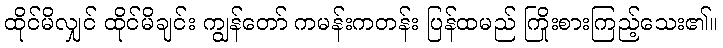
ထိုင်မိလျှင် ထိုင်မိချင်း ကျွန်တော် ကမန်းကတန်း ပြန်ထမည် ကြိုးစားကြည့်သေး၏။